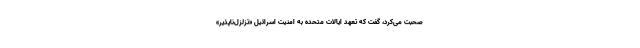
صحبت می‌کرد، گفت که تعهد ایالات متحده به امنیت اسرائیل «تزلزل‌ناپذیر»